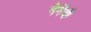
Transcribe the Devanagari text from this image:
नेनेंची